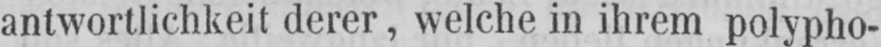
antwortlichkeit derer, welche in ihrem polypho-